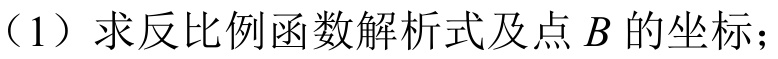
（1）求反比例函数解析式及点\(B\)的坐标；